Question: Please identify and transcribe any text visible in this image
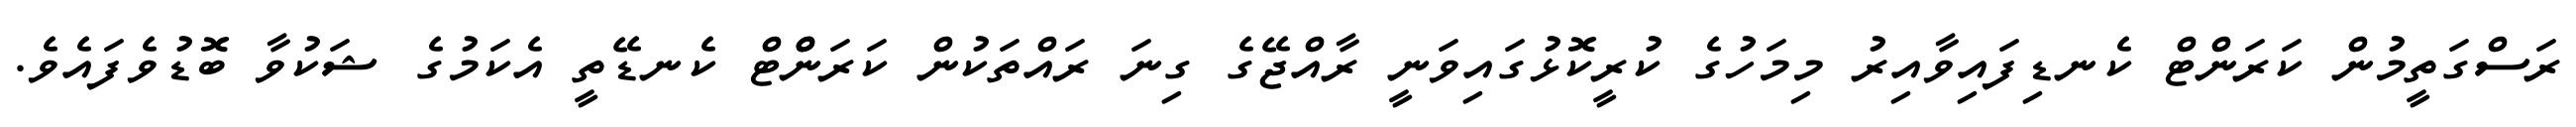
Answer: ރަސްގަތީމުން ކަރަންޓް ކެނޑިފައިވާއިރު މިމަހުގެ ކުރީކޮޅުގައިވަނީ ރާއްޖޭގެ ގިނަ ރައްތަކުން ކަރަންްޓް ކެނޑޭތީ އެކަމުގެ ޝަކުވާ ބޮޑުވެފައެވެ.